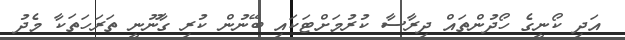
އަދި ކޯނީގެ ހޯދުންތައް ދިރާސާ ކުރުމަށްޓަކައި ބޭނުން ކުރި ގާނޫނީ ތަރަހަތަކާ މެދު